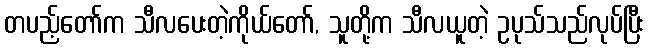
တပည့်တော်က သီလပေးတဲ့ကိုယ်တော်, သူတို့က သီလယူတဲ့ ဥပုသ်သည်လုပ်ပြီး